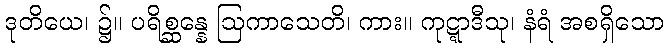
ဒုတိယေ၊ ၌။ ပရိစ္ဆန္နေ ဩကာသေတိ၊ ကား။ ကုဋ္ဋာဒီသု၊ နံရံ အစရှိသော